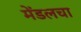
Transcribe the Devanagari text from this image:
मेंडलचा